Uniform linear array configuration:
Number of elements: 64
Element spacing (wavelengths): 0.5
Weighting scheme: cosine
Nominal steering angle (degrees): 0
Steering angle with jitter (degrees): -1.878
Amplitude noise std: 0.05
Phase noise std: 0.05

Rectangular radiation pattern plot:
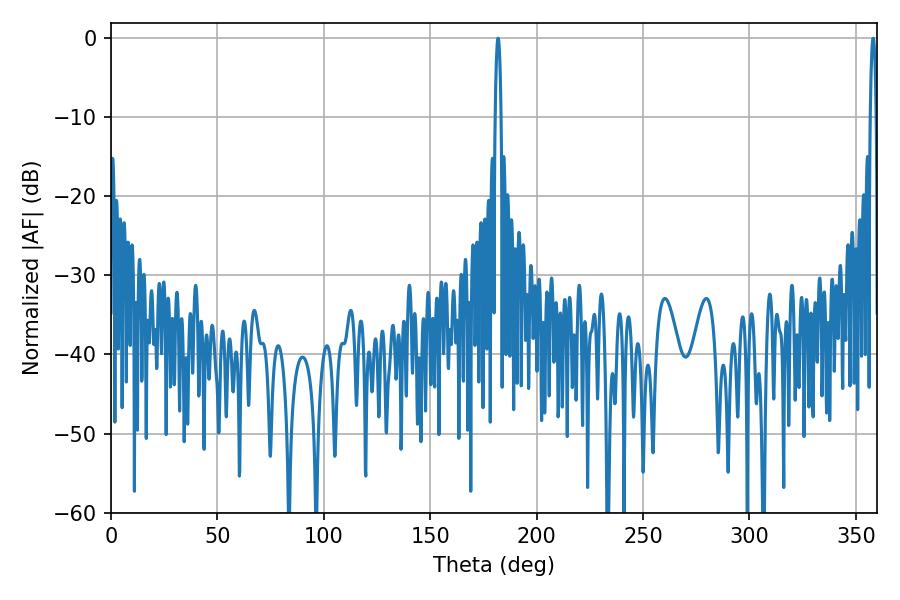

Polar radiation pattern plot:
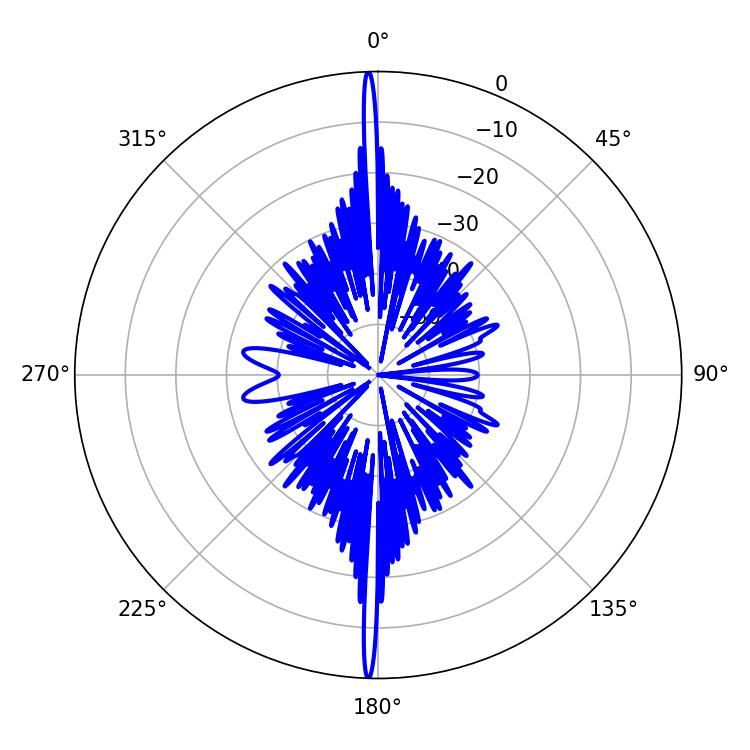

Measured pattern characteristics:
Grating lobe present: FALSE
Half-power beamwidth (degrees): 1.62
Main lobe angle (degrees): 181.8